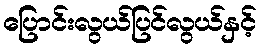
ပြောင်းလွယ်ပြင်လွယ်နှင့်